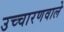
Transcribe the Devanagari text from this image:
उच्चारणवाले